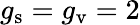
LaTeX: g_{\mathrm{s}}=g_{\mathrm{v}}=2